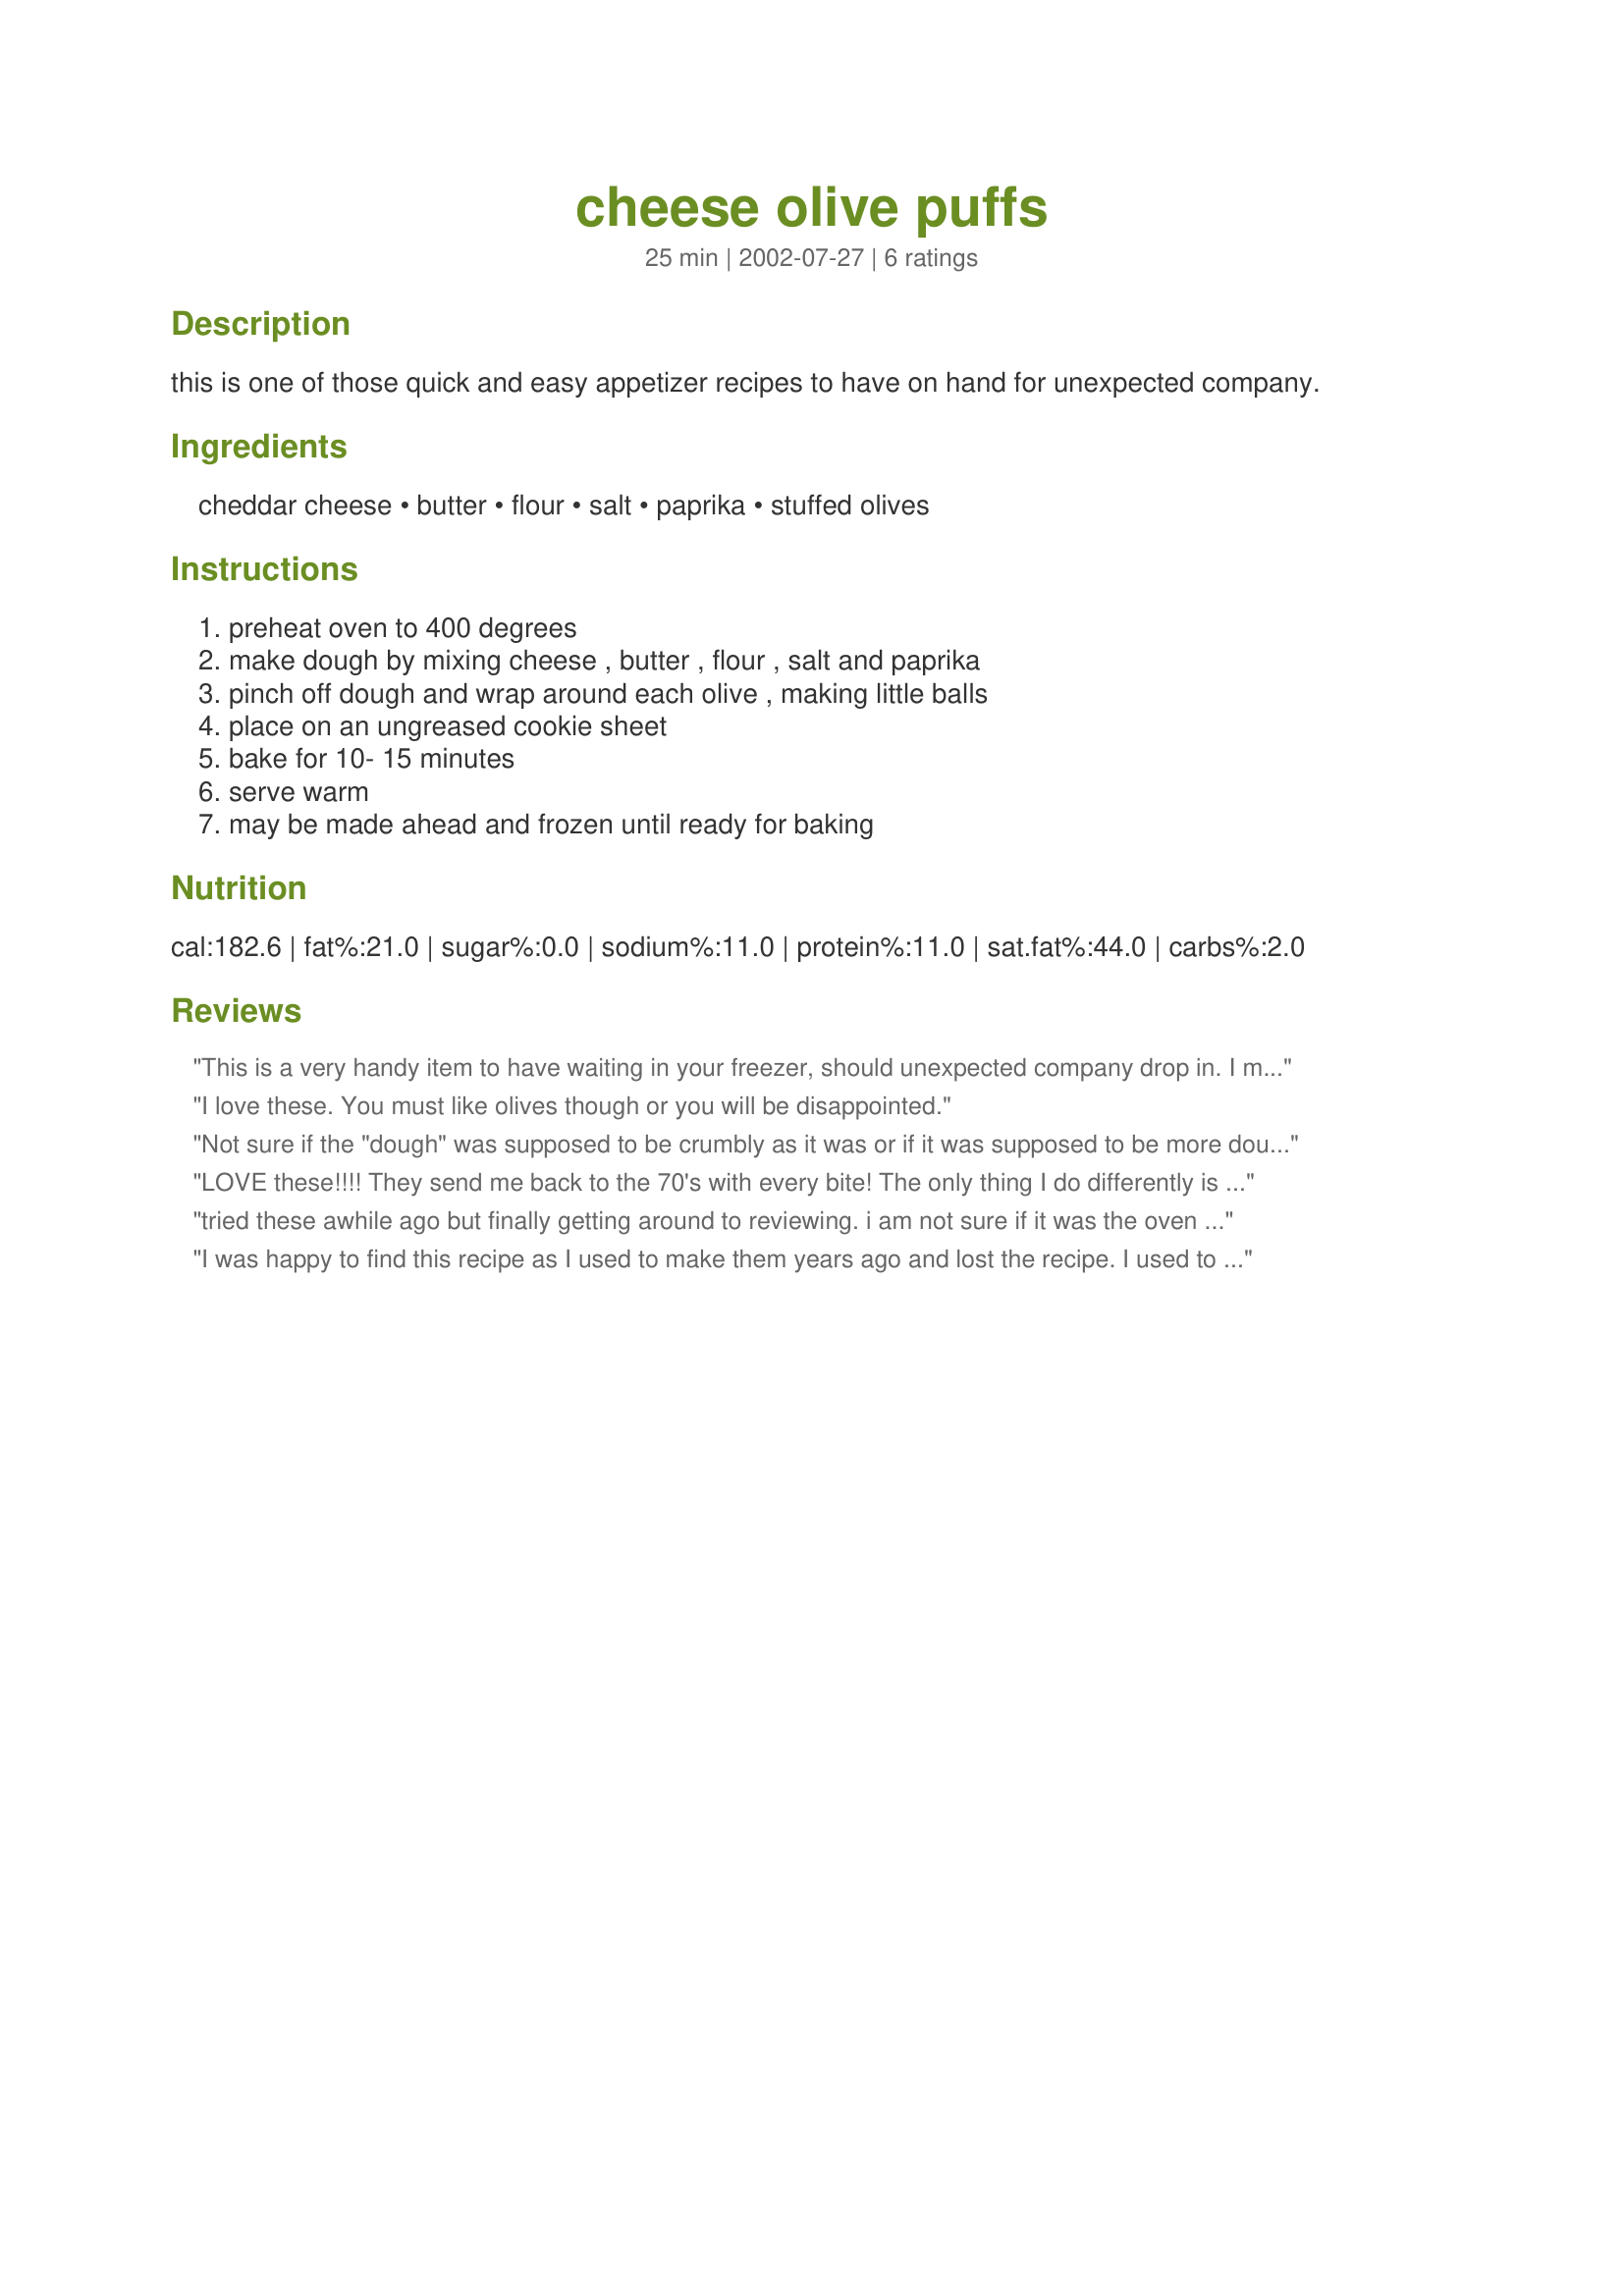
cheese olive puffs
Preparation time: 25 minutes

this is one of those quick and easy appetizer recipes to have on hand for unexpected company.

Ingredients:
cheddar cheese, butter, flour, salt, paprika, stuffed olives

Steps:
preheat oven to 400 degrees, make dough by mixing cheese , butter , flour , salt and paprika, pinch off dough and wrap around each olive , making little balls, place on an ungreased cookie sheet, bake for 10- 15 minutes, serve warm, may be made ahead and frozen until ready for baking

Reviews:
This is a very handy item to have waiting in your freezer, should unexpected company drop in. I made these a lot in the late 70s and early 80s, and I remember that it was important to tell everyone what they were; they don't look like olives and olive-haters will be in for a nasty surprise if they bite into one. I really enjoy the taste of these. Once you get the hang of wrapping the dough around the olives, they are fast and easy to prepare. I think that using a sharp (old) cheddar gives the best results.
I love these. You must like olives though or you will be disappointed.
Not sure if the "dough" was supposed to be crumbly as it was or if it was supposed to be more dough like. I found that when I had olive juice on my hands they formed dough better and it was easier to get around the olive (btw I used queen sized olives in pics). I expected them to taste better. They were interesting. But I wouldn't make them too often.
LOVE these!!!! They send me back to the 70's with every bite! The only thing I do differently is add some cayenne to the dough for a little "zip". These are a perfect holiday appetizer with their coloring and ease. A must try if you enjoy green olives.
tried these awhile ago but finally getting around to reviewing. i am not sure if it was the oven being to hot or what but the cheese melted off and pooled around the puffs. this however didnt take away from the taste as far as i was concerned. i used garlic jalapeno onion and pemento stuffed olives and everyone enjoyed tham garlic and jalapeno were the best in my opinion thanks mystery girl
I was happy to find this recipe as I used to make them years ago and lost the recipe. I used to freeze them on a cookie sheet, then put them in a freezer bag and when company came VIOLA, I could take out as many as I needed and baked them! Thanks Mystery Girl!
